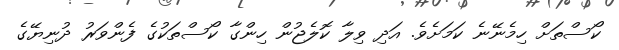
ކޯސްތަށް ހިމެނޭނެ ކަމަށެވެ. އަދި ވިލާ ކޮލެޖުން ހިންގާ ކޯސްތަކުގެ ފެންވަރު ދުނިޔޭގެ